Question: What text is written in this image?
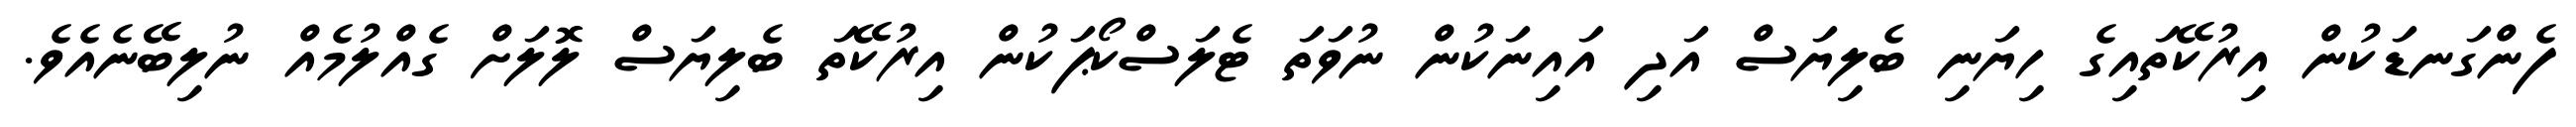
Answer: ފެންގަނޑަކުން އިރުކޭތައިގެ ހިޔަނި ބެލިޔަސް އަދި އައިނަކުން ނުވަތަ ޓެލަސްކޯޕަކުން އިރުކޭތަ ބެލިޔަސް ލޮލަށް ގެއްލުމެއް ނުލިބޭނެއެވެ.